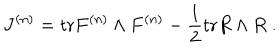
LaTeX: J ^ { ( n ) } = \mathrm { t r } F ^ { ( n ) } \wedge F ^ { ( n ) } - \frac { 1 } { 2 } \mathrm { t r } R \wedge R \; .